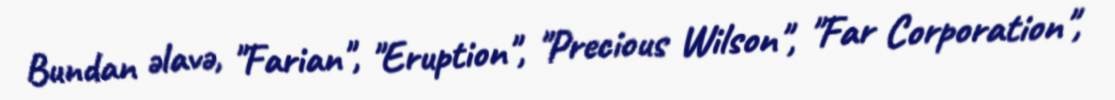
Bundan əlavə, "Farian", "Eruption", "Precious Wilson", "Far Corporation",